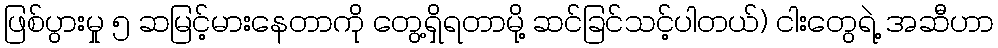
ဖြစ်ပွားမှု ၅ ဆမြင့်မားနေတာကို တွေ့ရှိရတာမို့ ဆင်ခြင်သင့်ပါတယ်) ငါးတွေရဲ့ အဆီဟာ